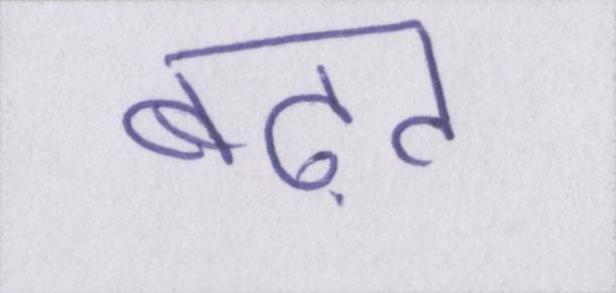
बढ़त